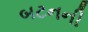
બટનની